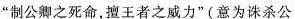
”制公卿之死命，擅王者之威力”(意为诛杀公